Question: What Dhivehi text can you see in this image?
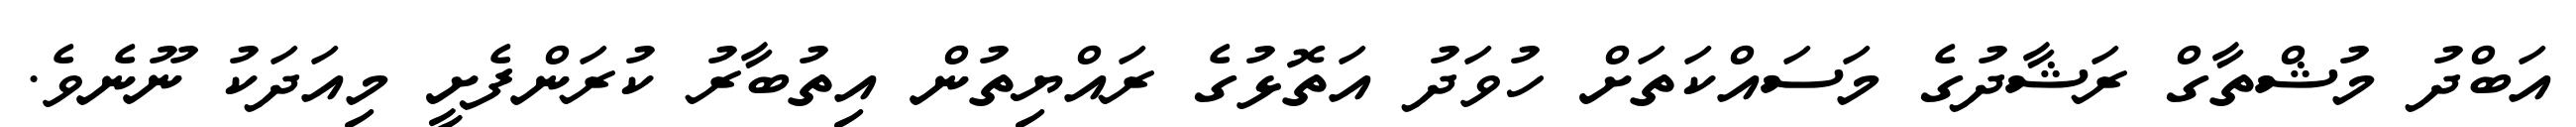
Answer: އަބްދު މުޝްތާގް ރަޝާދުގެ މަސައްކަތަށް ހުވަދު އަތޮޅުގެ ރައްޔިތުން އިތުބާރު ކުރަންފެށީ މިއަދަކު ނޫނެވެ.